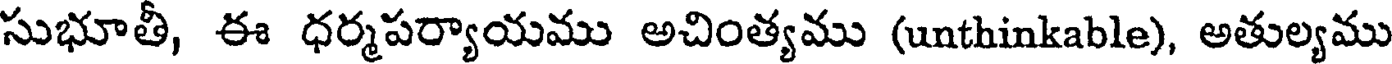
సుభూతీ, ఈ ధర్మపర్యాయము అచింత్యము (unthinkable), అతుల్యము